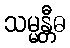
သမ္မန္တီဓ